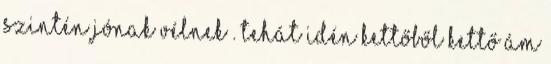
szintén jónak vélnek . Tehát idén kettőből kettő Ám